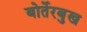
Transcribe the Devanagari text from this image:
बोर्तेरबुख